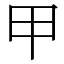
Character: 甲